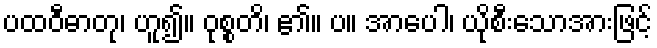
ပထဝီဓာတု၊ ဟူ၍။ ဝုစ္စတိ၊ ၏။ ပ။ အာပေါ၊ ယိုစီးသောအားဖြင့်